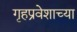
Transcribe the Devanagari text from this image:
गृहप्रवेशाच्या